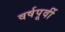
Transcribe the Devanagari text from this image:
वर्षपूर्वी